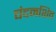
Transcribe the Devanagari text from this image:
चंदनशिव